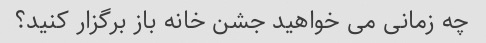
چه زمانی می خواهید جشن خانه باز برگزار کنید؟